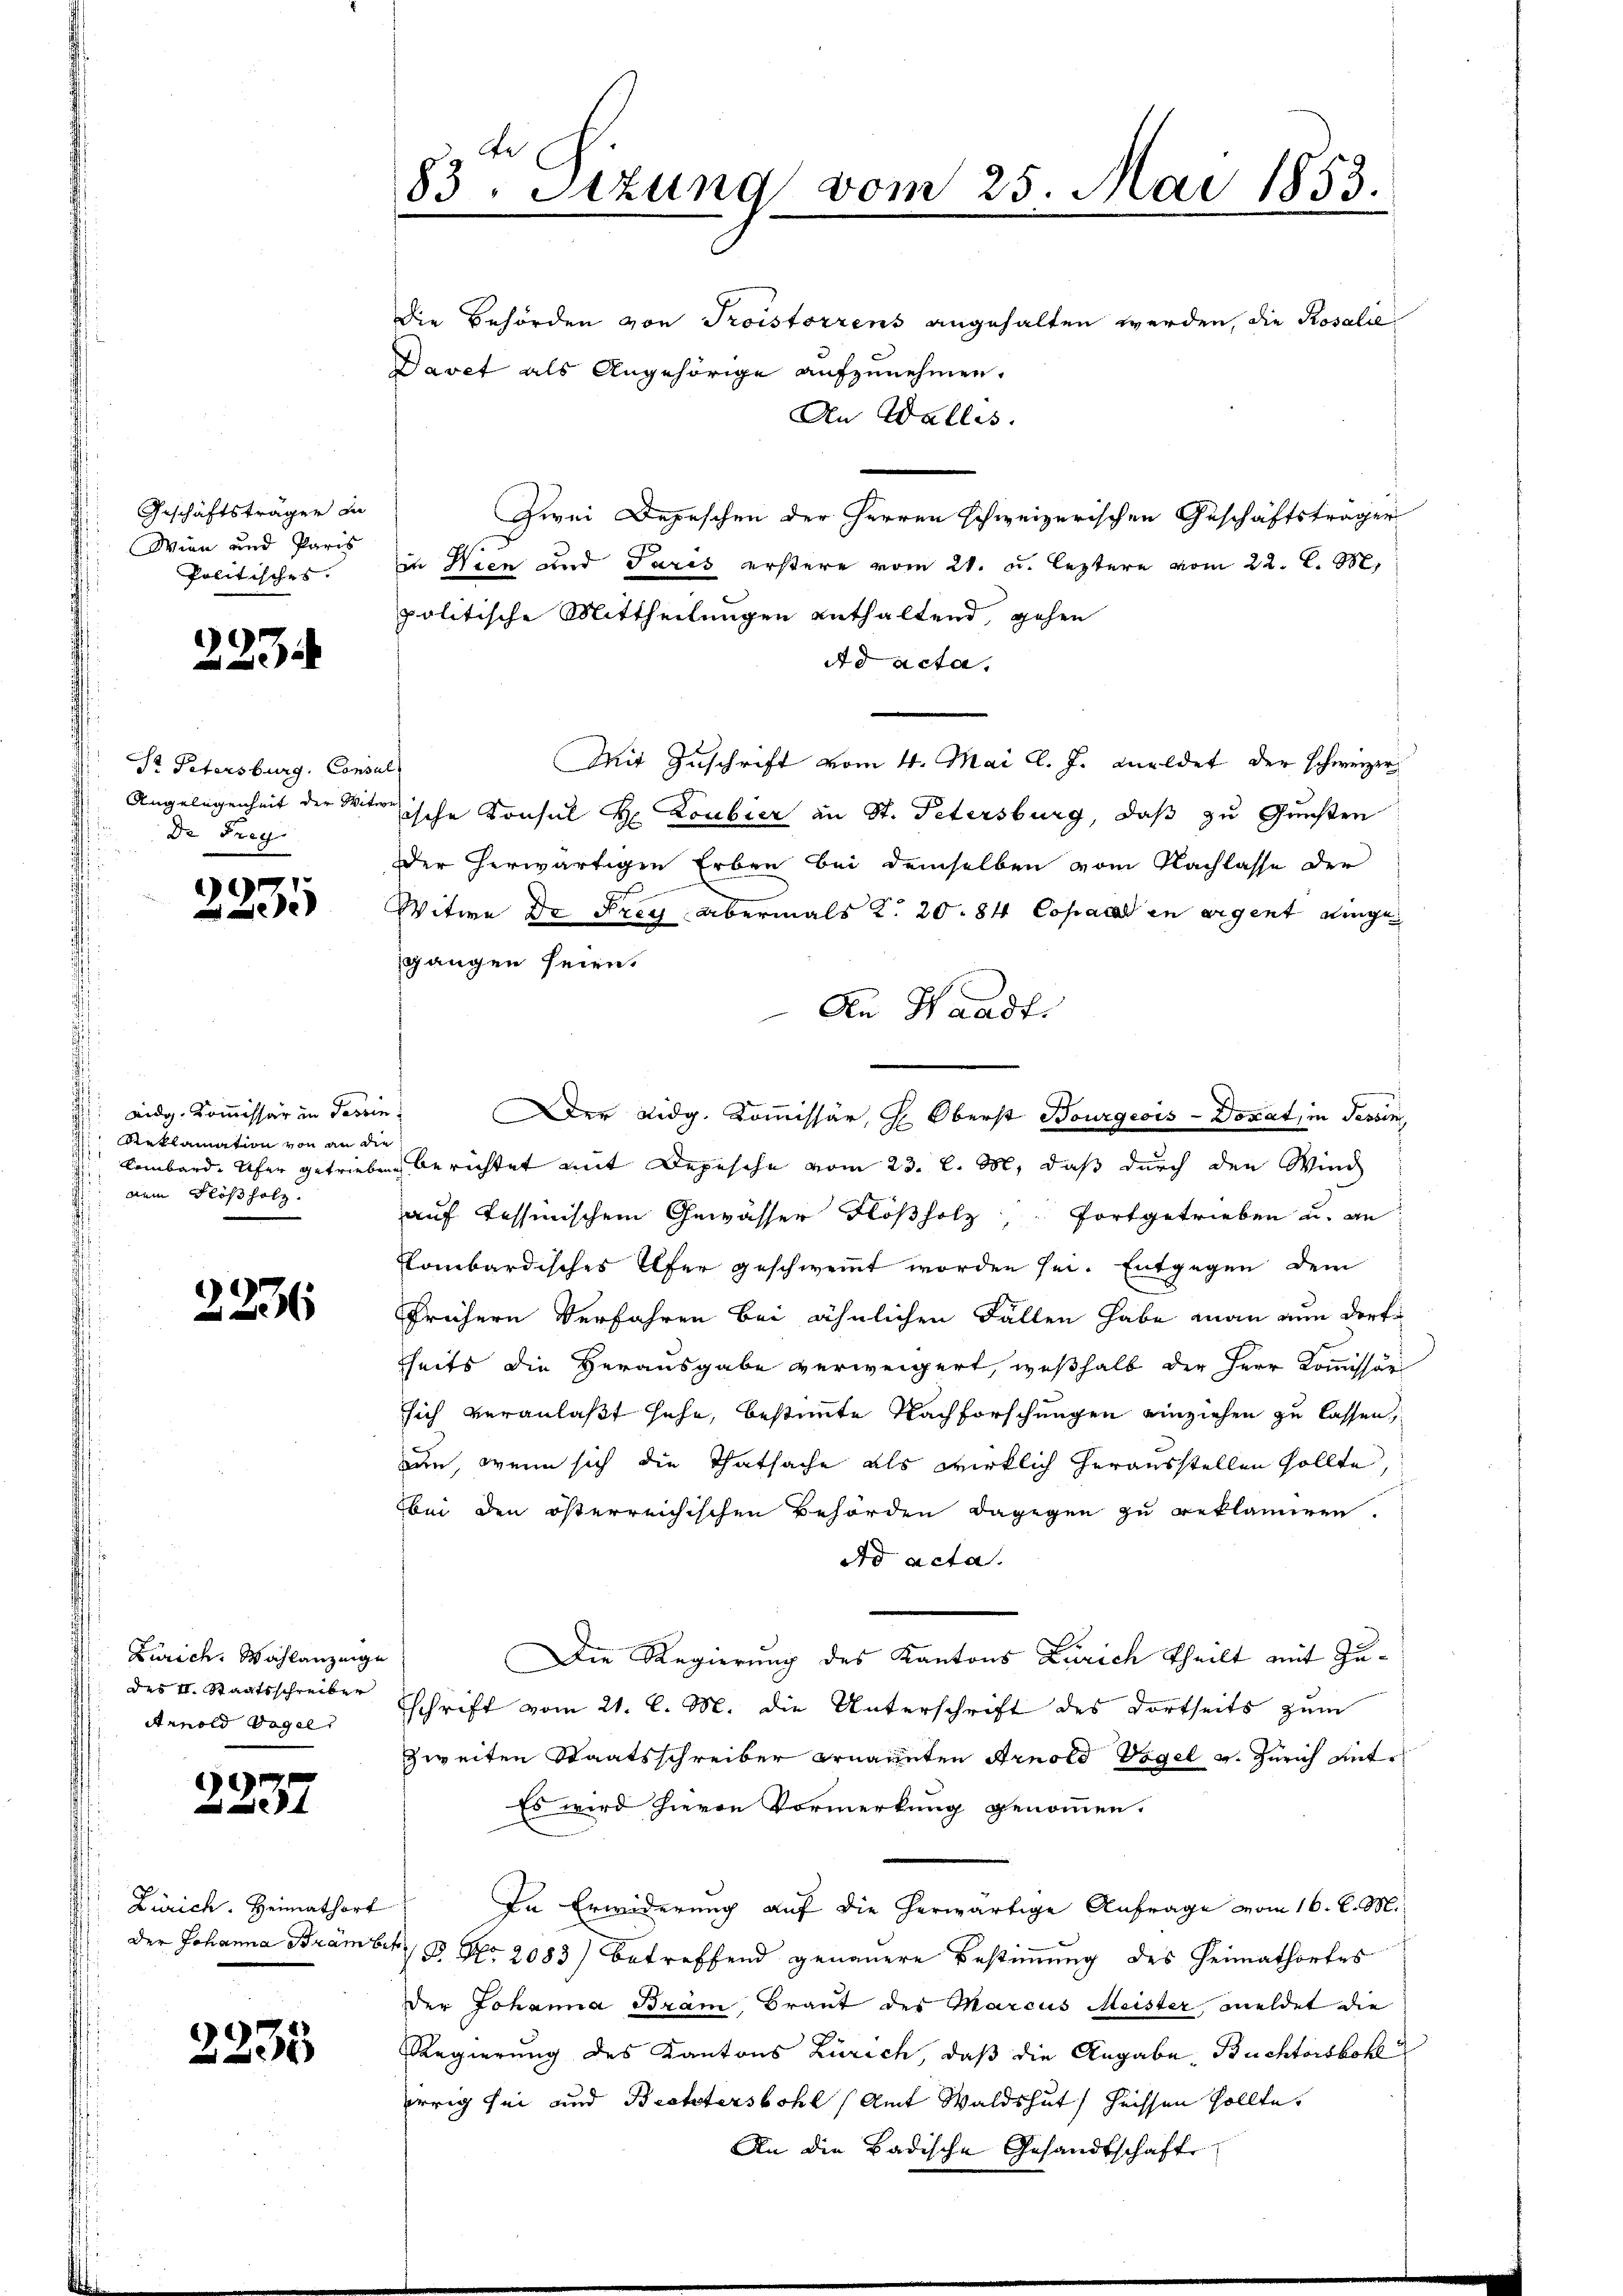
Geschäftsträger in
Wien und Paris
Politisches.

223.

Pr Petersburg, Consul
Angelegenheit der Wit¬
Dr Frey

2231

eidg. Kommissär in Tessin,
 Reklamation von an die
 dem Flößholz.

2236

Zürich, Wahlanzeige
des II. Staatsschreiber
Arnold Vogel

)

Zürich. Heimathort

2235

83. Sitzung vom 25. Mai 1853.

die Behörden von Troistorrens angehalten werden, die Rosalie
Davet als Angehörige aufzunehmen.
An Wallis.
Zwei Depeschen der Herren schweizerischen Geschäftsträger
in Wien und Sares erstere vom 21. u. leztere vom 22. d. M.
politische Mittheilungen enthaltend, gehen
Ad acta.
Mit Zuschrift vom 4. Mai l. J. Meldet der schweizer,
tern
sische Konsul H. Loubier an St. Petersburg, daß zu Gunsten
Der herwärtigen Erben bei demselben vom Nachlasse der
Witwe Dr Frey abermals K. 20. 84 Copart in eigent einge
gangen seien.
An Waadt.
lombard. Ufer getrieben berichtet mit Depesche vom 23. l. M. daß durch den Wind
auf Tessinischem Gewässer Flößholz fortgetrieben u. an
kombardisches Ufer geschwemmt worden sei. Entgegen dem
frühern Verfahren bei ähnlichen Fällen habe man nun dorti
heits die Herausgabe verweigert, weßhalb der Herr Kommissär
sich veranlaßt sehe, bestimmte Nachforschungen einziehen zu lassen,
aun, wenn sich die Thatsache als wirklich herausstellen sollte,
bei den österreichischen Behörden dagegen zu reklamiren.
dd acta.
Die Regierung des Kantons Zürich theilt mit Zuschrift vom 21. l. M. die Unterschrift des dortseits zum
zweiten Staatsschreiber ernannten Arnold Vogel v. Zürich unte
Es wird hievon Vormerkung genommen.
In Erwiderung auf die herwärtige Anfrage vom 16. d. M.
Der Johanna Brämbet. B No. 2083) betreffend genauere Bestimmung des Heimatortes
Der Johanna Bräm Braut des Marcus Meister, meldet die
Regierung des Kantons Zürich, daß die Angabe, Buchtoiskok
rrig sei und Bechtersbohl (Amt Waldshut, heissen sollte.
An die Badische Gesandtschaft

Der Eidg. Kommissär, H. Oberst Bourgeois - Donat, in Tessin,